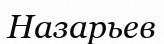
Назарьев